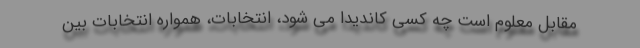
مقابل معلوم است چه کسی کاندیدا می شود، انتخابات، همواره انتخابات بین